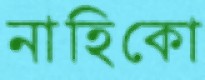
নাহিকো